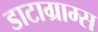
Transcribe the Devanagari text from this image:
डाटाग्राम्स